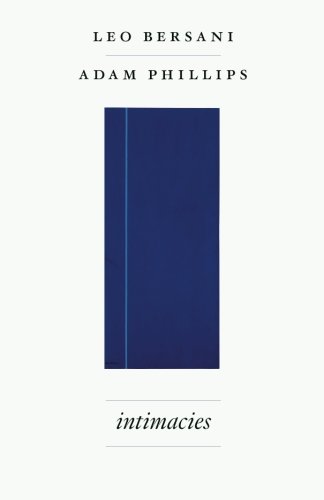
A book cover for Intimacies; Leo Bersani; Gay & Lesbian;